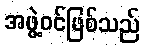
အဖွဲ့ဝင်ဖြစ်သည်